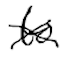
Text: to
Cross-out: cross
Writing tool: digital_black